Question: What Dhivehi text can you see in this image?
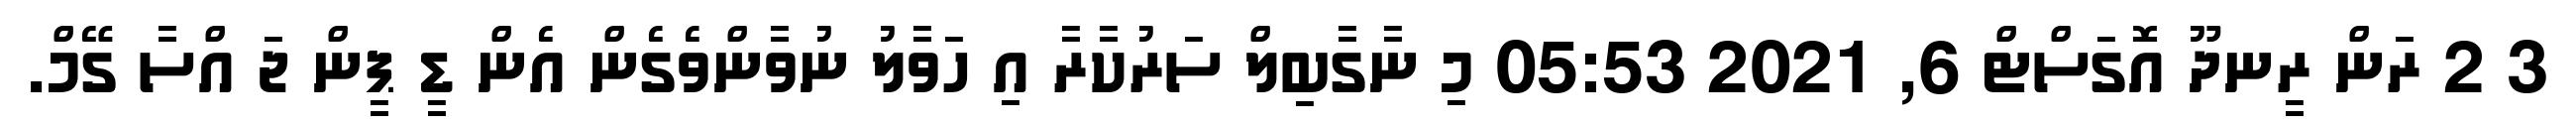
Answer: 3 2 ރަން ރީނދޫ އޮގަސްޓް 6, 2021 05:53 މި ނާގާބިލް ސަރުކާރާ އި ހަވާލު ނުވާންވެގެން އެން ޑީ ޕީން ޖަ އްސާ ގޭމް.